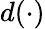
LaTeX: d(\cdot)